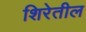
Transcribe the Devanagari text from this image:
शिरेतील